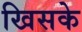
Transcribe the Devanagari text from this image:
खिसके